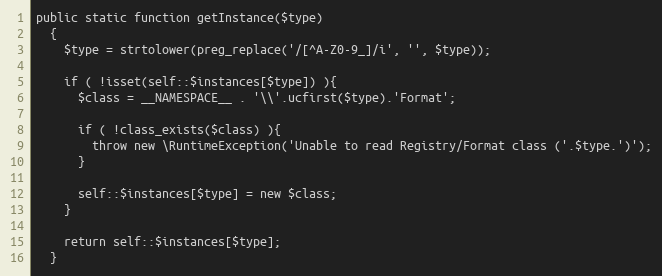
Language: PHP
public static function getInstance($type)
  {
    $type = strtolower(preg_replace('/[^A-Z0-9_]/i', '', $type));

    if ( !isset(self::$instances[$type]) ){
      $class = __NAMESPACE__ . '\\'.ucfirst($type).'Format';

      if ( !class_exists($class) ){
        throw new \RuntimeException('Unable to read Registry/Format class ('.$type.')');
      }

      self::$instances[$type] = new $class;
    }

    return self::$instances[$type];
  }